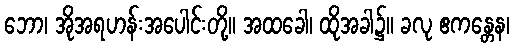
ဘော၊ အိုအရဟန်းအပေါင်းတို့။ အထခေါ၊ ထိုအခါ၌။ ခလု ဧကန္တေန၊